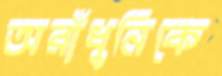
অরাঁধুনিকে